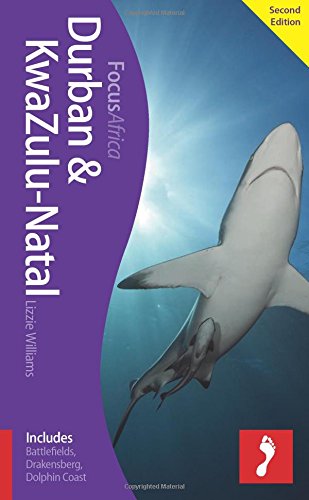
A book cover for Durban & KwaZulu Natal Focus Guide (Footprint Focus); Lizzie Williams; Travel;